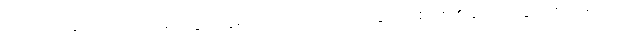
၂။ ဝိဟာရ = လျောင်းထိုင်ရပ်သွား ဣရိယာပုထ်လေးပါးတို့တွင် တစ်ပါး ၏ နာကျင်ခြင်းကို တစ်ပါးဖြင့်